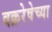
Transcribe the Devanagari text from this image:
वक्ररेषेच्या